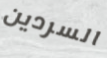
السردين